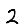
Digit: 2